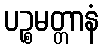
ပဉ္စမတ္တာနံ